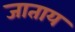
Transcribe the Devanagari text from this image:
जाताय